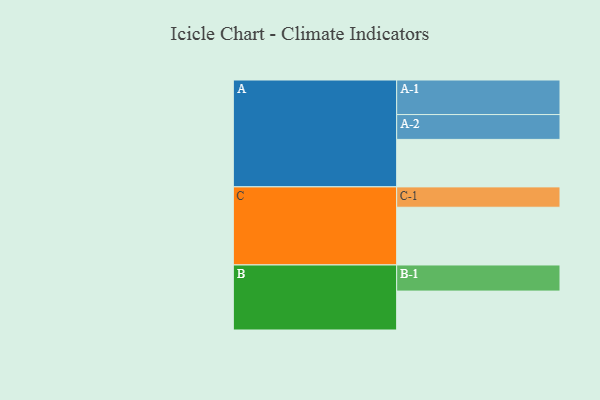
{"axis": {"x": "Segment", "y": "Value"}, "legend": ["", "A", "B", "C"], "data": [{"x": "A", "y": 371, "type": ""}, {"x": "B", "y": 304, "type": ""}, {"x": "C", "y": 451, "type": ""}, {"x": "A-1", "y": 270, "type": "A"}, {"x": "A-2", "y": 194, "type": "A"}, {"x": "B-1", "y": 204, "type": "B"}, {"x": "C-1", "y": 159, "type": "C"}]}